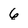
Character: 6